Papaver somniferum - Opium : an extract from the sixth volume of the Dictionary of Economic Products of India
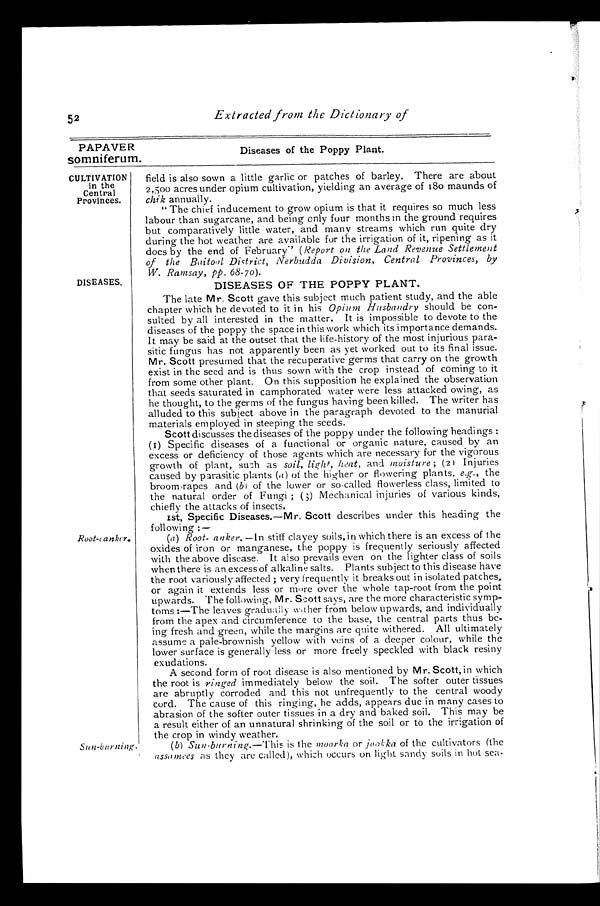
PAPAVER
somniferum.
CULTIVATION
in the
Central
Provinces.
52
Extracted from the Dictionary of
DISEASES.
Root-canker.
Sun-burning.
Diseases of the Poppy Plant.
field is also sown a little garlic or patches of barley. There are about
2,500 acres under opium cultivation, yielding an average of 180 maunds of
chik annually.
"The chief inducement to grow opium is that it requires so much less
labour than sugarcane, and being only four months in the ground requires
but comparatively little water, and many streams which run quite dry
during the hot weather are available for the irrigation of it, ripening as it
does by the end of February." ( Report on the Land Revenue Settlement
of the Baitool District, Nerbudda Division, Central Provinces, by
W. Ramsay, pp. 68-70).
DISEASES OF THE POPPY PLANT.
The late Mr. Scott gave this subject much patient study, and the able
chapter which he devoted to it in his Opium Husbandry should be con
-sulted by all interested in the matter. It is impossible to devote to the
diseases of the poppy the space in this work which its importance demands.
It may be said at the outset that the life-history of the most injurious para
-sitic fungus has not apparently been as yet worked out to its final issue.
Mr. Scott presumed that the recuperative germs that carry on the growth
exist in the seed and is thus sown with the crop instead of coming to it
from some other plant. On this supposition he explained the observation
that seeds saturated in camphorated water were less attacked owing, as
he thought, to the germs of the fungus having been killed. The writer has
alluded to this subject above in the paragraph devoted to the manurial
materials employed in steeping the seeds.
Scott discusses the diseases of the poppy under the following headings :
(I) Specific diseases of a functional or organic nature, caused by an
excess or deficiency of those agents which are necessary for the vigorous
growth of plant, such as soil, light, heat, and moisture ; (2 ) I n j u r i e s
caused by parasitic plants (a) of the higher or flowering plants, e.g., the
broom-rapes and (b) of the lower or so-called flowerless class, limited to
the natural order of Fungi ; (3) Mechanical injuries of various kinds,
chiefly the attacks of insects.
Ist, Specific Diseases.—Mr. Scott describes under this heading the
following :—
(a) Root-canker. —In stiff clayey soils, in which there is an excess of the
oxides of iron or manganese, the poppy is frequently seriously affected
with the above disease. It also prevails even on the lighter class of soils
when there is an excess of alkaline salts. Plants subject to this disease have
the root variously affected ; very frequently it breaks out in isolated patches,
or again it extends less or more over the whole tap-root from the point
upwards. The following, Mr. Scott says, are the more characteristic symp
-toms :—The leaves gradually wether from below upwards, and individually
from the apex and circumference to the base, the central parts thus be
-ing fresh and green, while the margins are quite withered. All ultimately
assume a pale-brownish yellow with veins of a deeper colour, while the
lower surface is generally less or more freely speckled with black resiny
exudations.
A second form of root disease is also mentioned by Mr. Scott, in which
the root is ringed immediately below the soil. The softer outer tissues
are abruptly corroded and this not unfrequently to the central woody
cord. The cause of this ringing, he adds, appears due in many cases to
abrasion of the softer outer tissues in a dry and baked soil. This may be
a result either of an unnatural shrinking of the soil or to the irrigation of
the crop in windy weather.
(b) Sun-burning.— This is the moorka or jookka of the cultivators (the
assamees as they are called), which occurs on light sandy soils in hot sea-